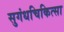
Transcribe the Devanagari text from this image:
सुगंधचिकित्सा